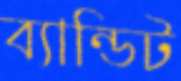
ব্যান্ডিট